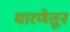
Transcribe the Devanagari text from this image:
धारणेतून